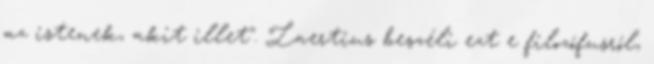
az istenek, akit illet". Laertius beszéli ezt e filozófusról,